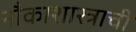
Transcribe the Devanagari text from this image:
नौकाशास्त्राची